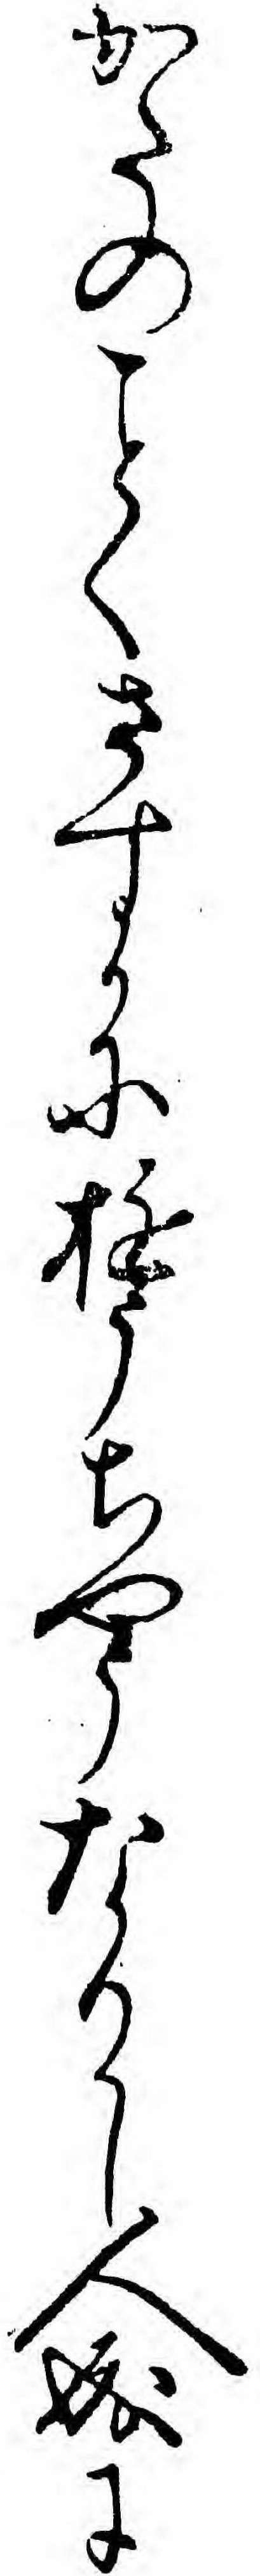
かたのくさすかにゆうちやうなりし人成に